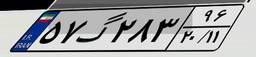
۹۵گ۰۶۶۳۴